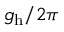
g _ { \mathrm { h } } / 2 \pi